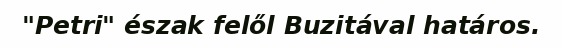
"Petri" észak felől Buzitával határos.